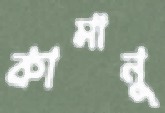
কামানু